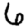
Digit: 6